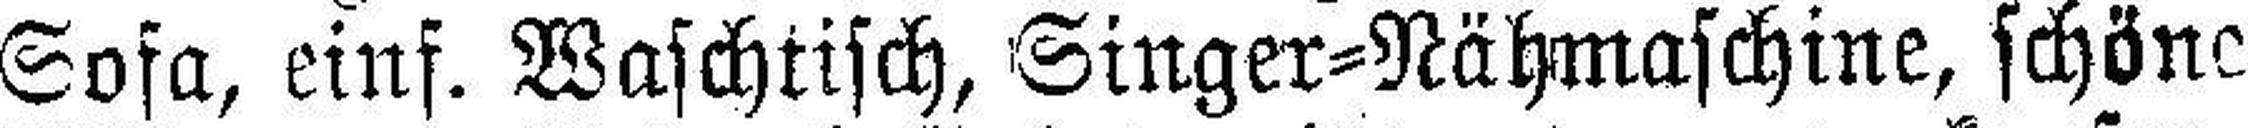
Sofa, einf. Waschtisch, Singer=Nähmaschine, schöne